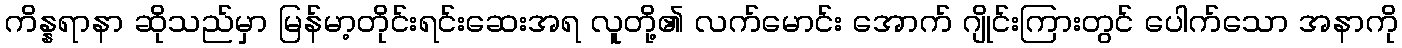
ကိန္နရာနာ ဆိုသည်မှာ မြန်မာ့တိုင်းရင်းဆေးအရ လူတို့၏ လက်မောင်း အောက် ဂျိုင်းကြားတွင် ပေါက်သော အနာကို